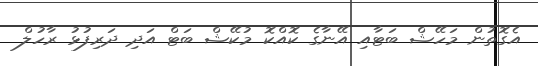
އެގޮތުން މަހޭޝް ބަޓާއި އޭނާގެ ކޮއްކޮ މުކޭޝް ބަޓް އަދި ދަރިފުޅު ރާހުލް